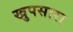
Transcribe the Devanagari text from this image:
खुपसारा